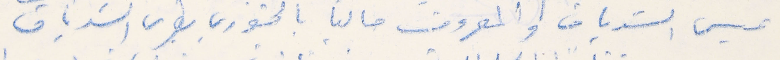
عيسى الشدياق والمعروف حالياً بالخوري بطرس الشدياق